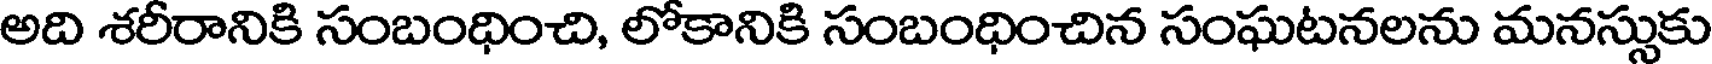
అది శరీరానికి సంబంధించి, లోకానికి సంబంధించిన సంఘటనలను మనస్సుకు